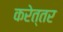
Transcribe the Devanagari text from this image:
करेत्तर